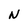
Character: N